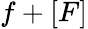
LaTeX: f+[F]